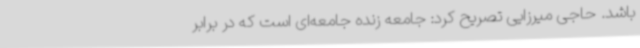
باشد. حاجی میرزایی تصریح کرد: جامعه زنده جامعه‌ای است که در برابر